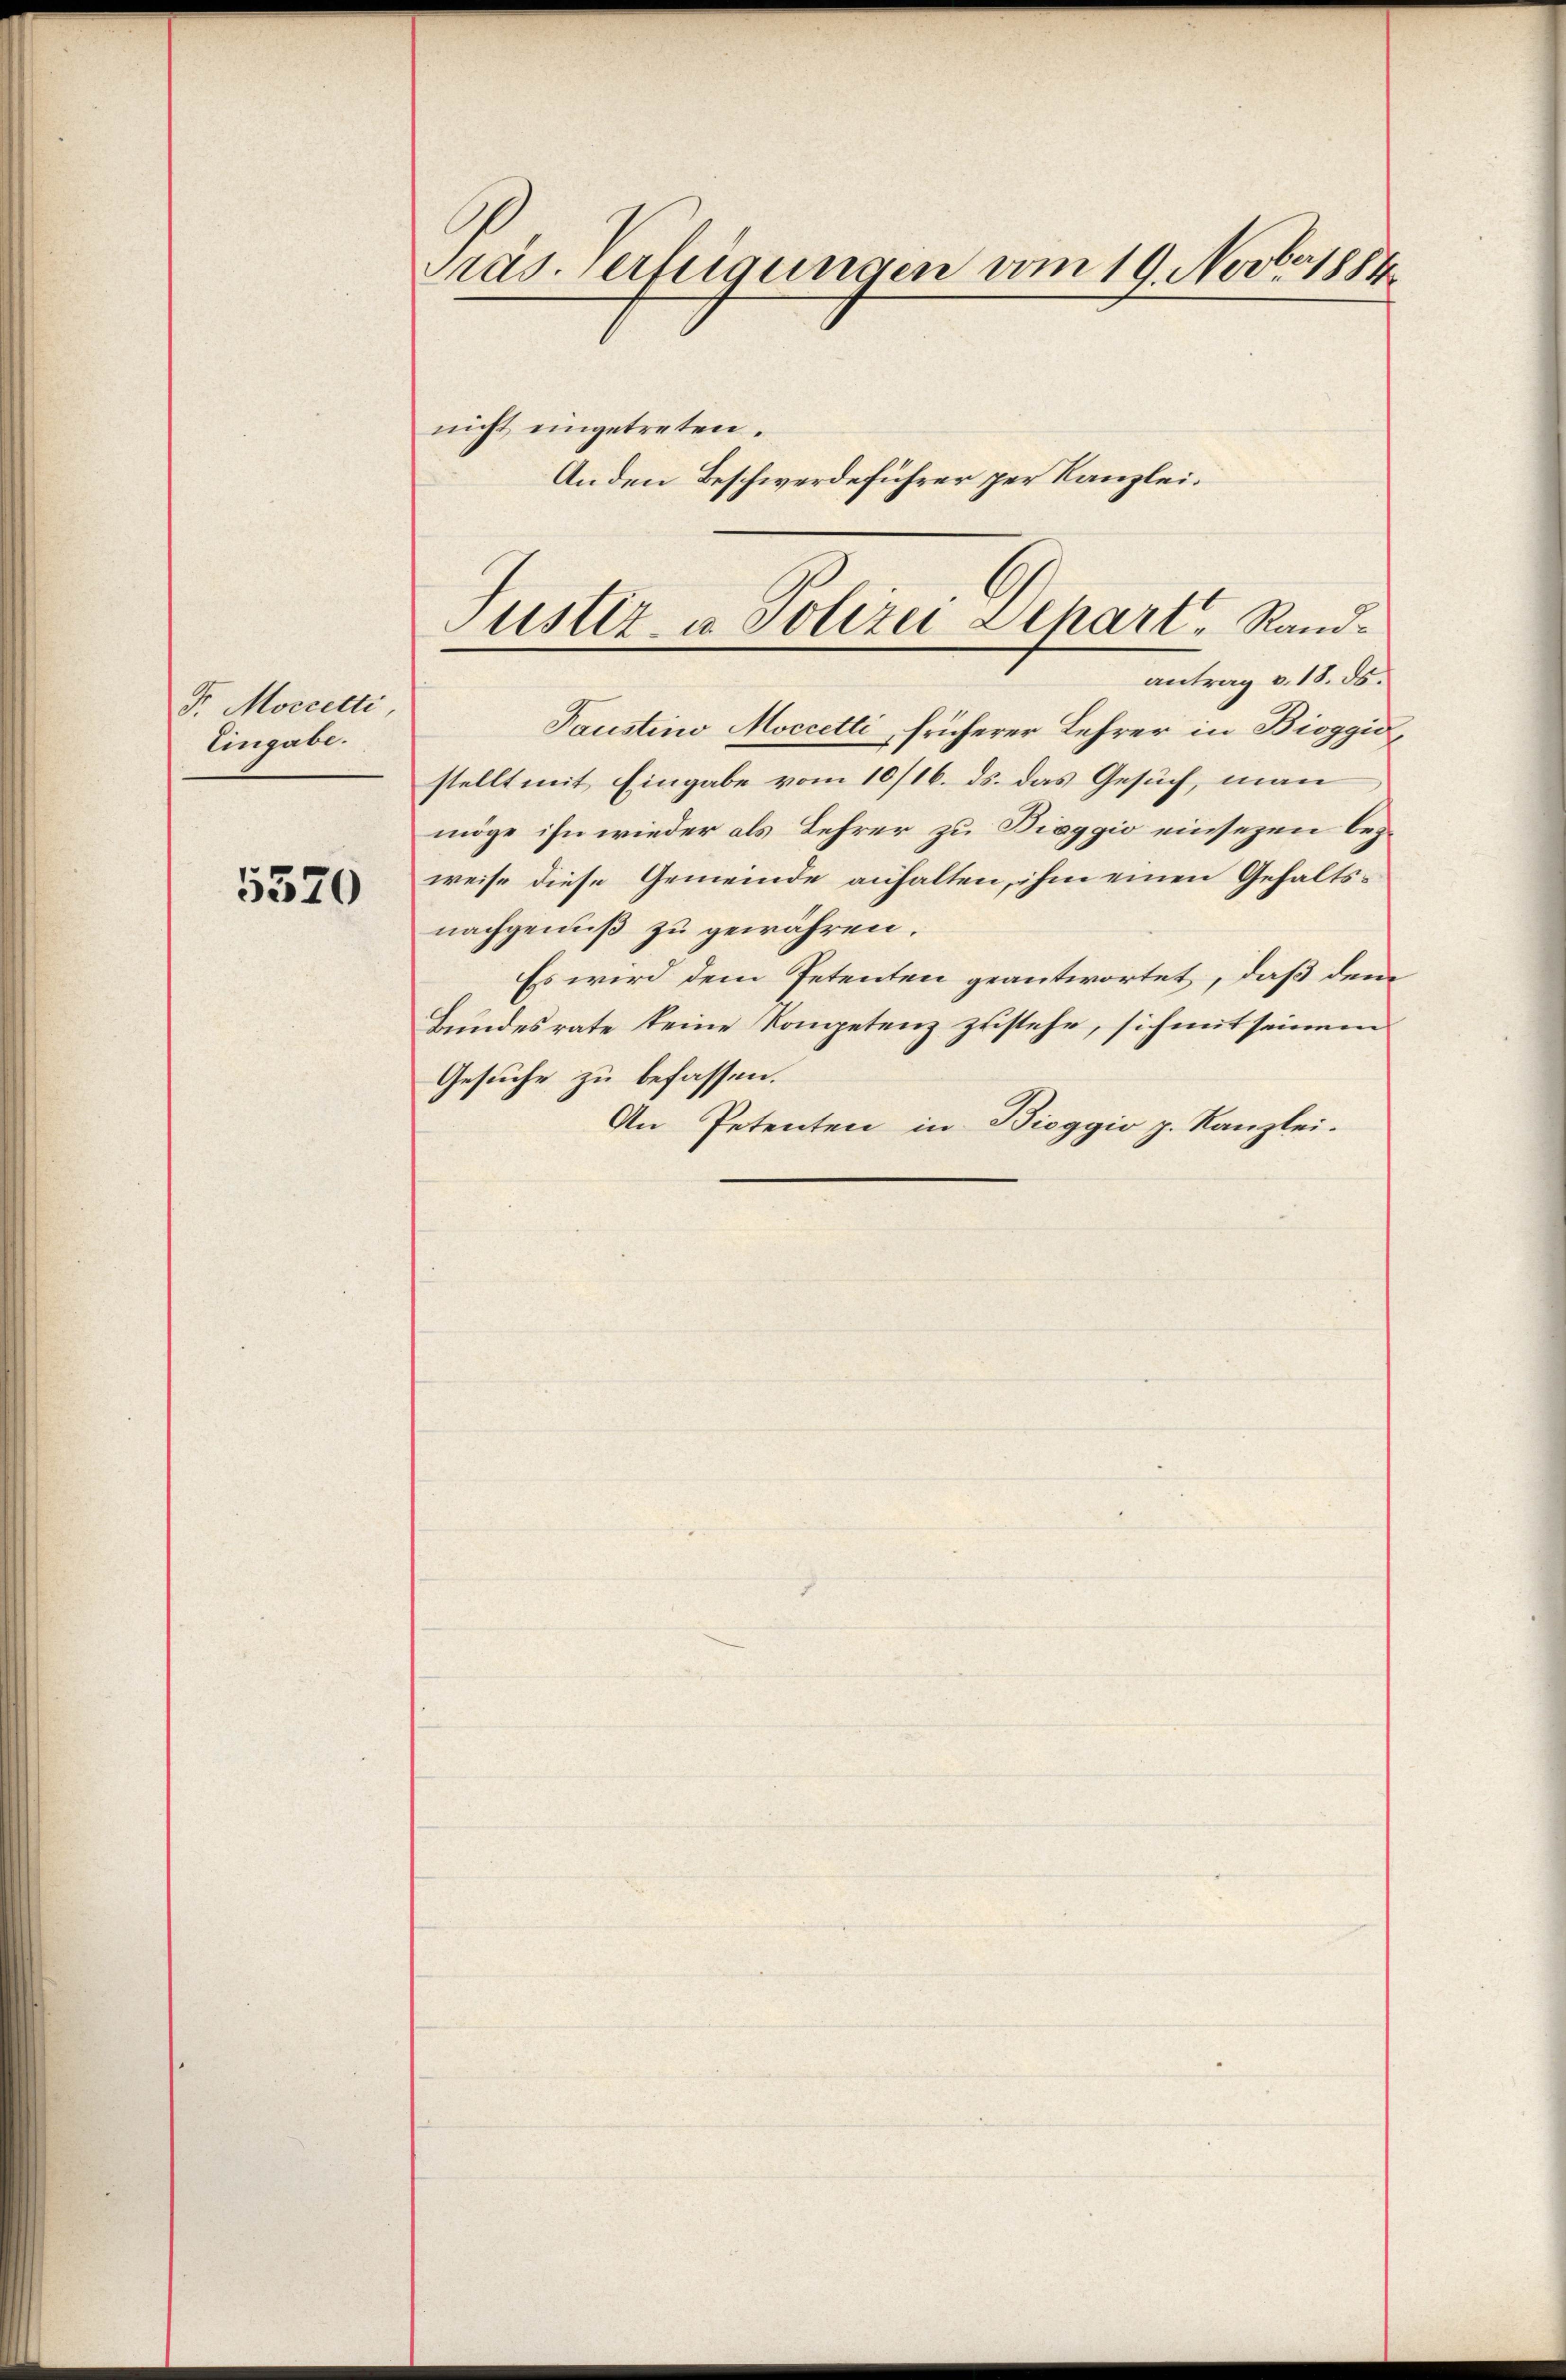
F. Moccetti,
Eingabe.

5320

Präs. Verfügungen vom 19. Novb. 1884.
nicht eingetreten.

An den Beschwerdeführer per Kanzlei.

Paustino Moccetti, früherer Lehrer in Bioggio,
stellt mit Eingabe vom 10/16. ds. das Gesuch, man
möge ihn wieder als Lehrer zu Bieggio einsezen bez.
weise diese Gemeinde anhalten, ihm einen Gehaltsnachgenuß zu gewähren.
Es wird dem Petenten geantwortet, daß dem
Bundesrate keine Kompetenz zustehe, sich mit seinem
Gesuche zu befassen.
An Petenten in Bieggio p. Kanzlei.

Justiz- u. Polizei Dehart, Randantrag v. 18. ds.